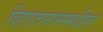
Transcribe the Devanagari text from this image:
व्हिएतनाममधील